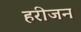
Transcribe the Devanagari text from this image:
हरीजन